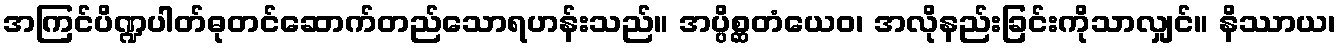
အကြင်ပိဏ္ဍပါတ်ဓုတင်ဆောက်တည်သောရဟန်းသည်။ အပ္ပိစ္ဆတံယေဝ၊ အလိုနည်းခြင်းကိုသာလျှင်။ နိဿာယ၊